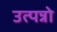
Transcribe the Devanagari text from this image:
उत्पन्नो